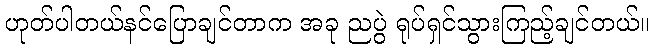
ဟုတ်ပါတယ်နင်ပြောချင်တာက အခု ညပွဲ ရုပ်ရှင်သွားကြည့်ချင်တယ်။